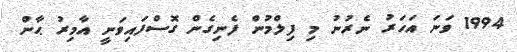
1994 ވަނަ އަހަރު ނެރުނު މި ފިލްމުން ފެނިގެން ގޮސްފައިވަނީ އާމިރު ޙާން